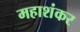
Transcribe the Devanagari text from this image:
महाशंकर